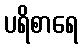
ပရိစာရေ